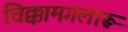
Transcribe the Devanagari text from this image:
चिक्कामगलारू